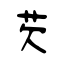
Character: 芡